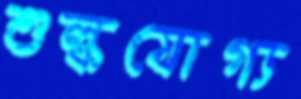
শুল্কযোগ্য